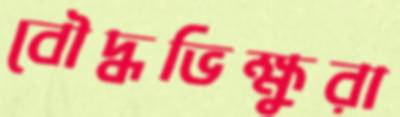
বৌদ্ধভিক্ষুরা